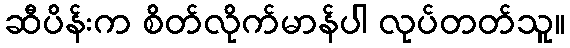
ဆီပိန်းက စိတ်လိုက်မာန်ပါ လုပ်တတ်သူ။